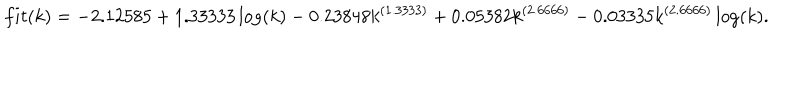
LaTeX: f i t ( k ) = - 2 . 1 2 5 8 5 + 1 . 3 3 3 3 3 \log ( k ) - 0 . 2 3 8 4 8 k ^ { ( { 1 . 3 3 3 3 } ) } + 0 . 0 5 3 8 2 k ^ { ( { 2 . 6 6 6 6 } ) } - 0 . 0 3 3 3 5 k ^ { ( { 2 . 6 6 6 6 } ) } \log ( k ) .